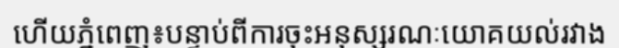
ហើយភ្នំពេញ៖បន្ទាប់ពីការចុះអនុស្សរណៈយោគយល់រវាង